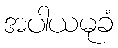
အပါယမုခံ